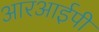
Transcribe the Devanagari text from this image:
आरआईपी